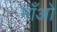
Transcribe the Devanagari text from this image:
माँओ